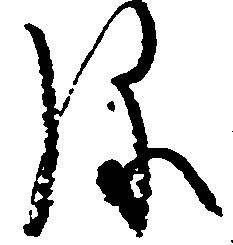
弥